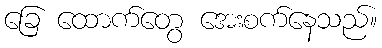
ခြေ ထောက်တွေ အေးစက်နေသည်။